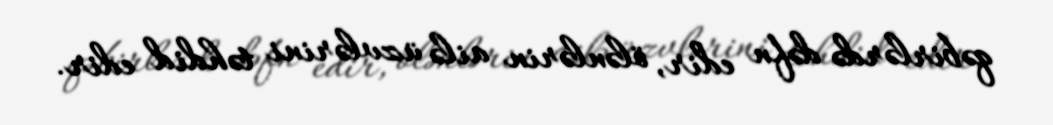
qəbirlərdə dəfn edir, ölənlərin ailə üzvlərini təhdid edir.